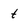
Character: t